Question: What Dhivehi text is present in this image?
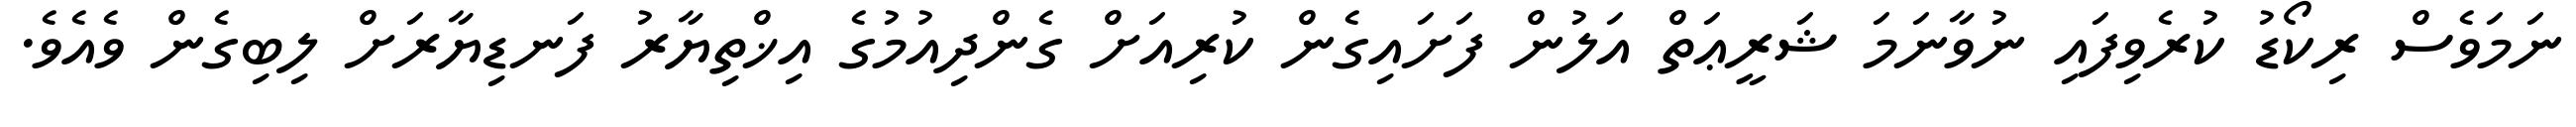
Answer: ނަމަވެސް ރިކޯޑު ކުރެވިފައި ނުވާނަމަ ޝަރީޢަތް އަލުން ފަށައިގެން ކުރިއަށް ގެންދިއުމުގެ އިޚްތިޔާރު ފަނޑިޔާރަށް ލިބިގެން ވެއެވެ.